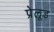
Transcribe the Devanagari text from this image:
प्रेलूड